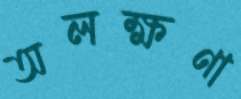
অলক্ষণা